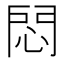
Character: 𢛀